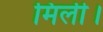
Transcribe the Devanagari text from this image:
मिली।